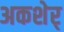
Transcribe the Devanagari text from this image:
अकशेर्